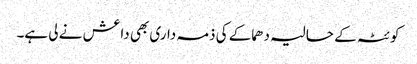
کوئٹہ کے حالیہ دھماکے کی ذمہ داری بھی داعش نے لی ہے۔